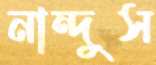
নান্দুস